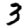
Digit: 3